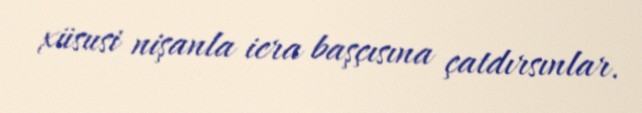
xüsusi nişanla icra başçısına çatdırsınlar.